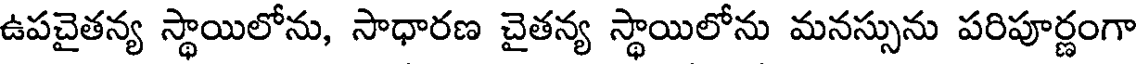
ఉపచైతన్య స్థాయిలోను, సాధారణ చైతన్య స్థాయిలోను మనస్సును పరిపూర్ణంగా